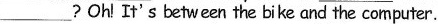
___? Oh! It's between the bike and the computer.